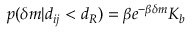
p ( \delta m \vert d _ { i j } < d _ { R } ) = \beta e ^ { - \beta \delta m } K _ { b }